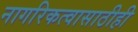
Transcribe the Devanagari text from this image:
नागरिकत्वासाठीही